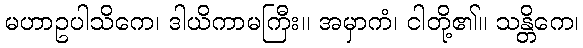
မဟာဥပါသိကေ၊ ဒါယိကာမကြီး။ အမှာကံ၊ ငါတို့၏။ သန္တိကေ၊